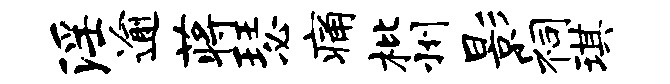
淫逾蒋瑟痛枇州影祠琪